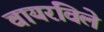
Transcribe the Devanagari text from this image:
वायरविले